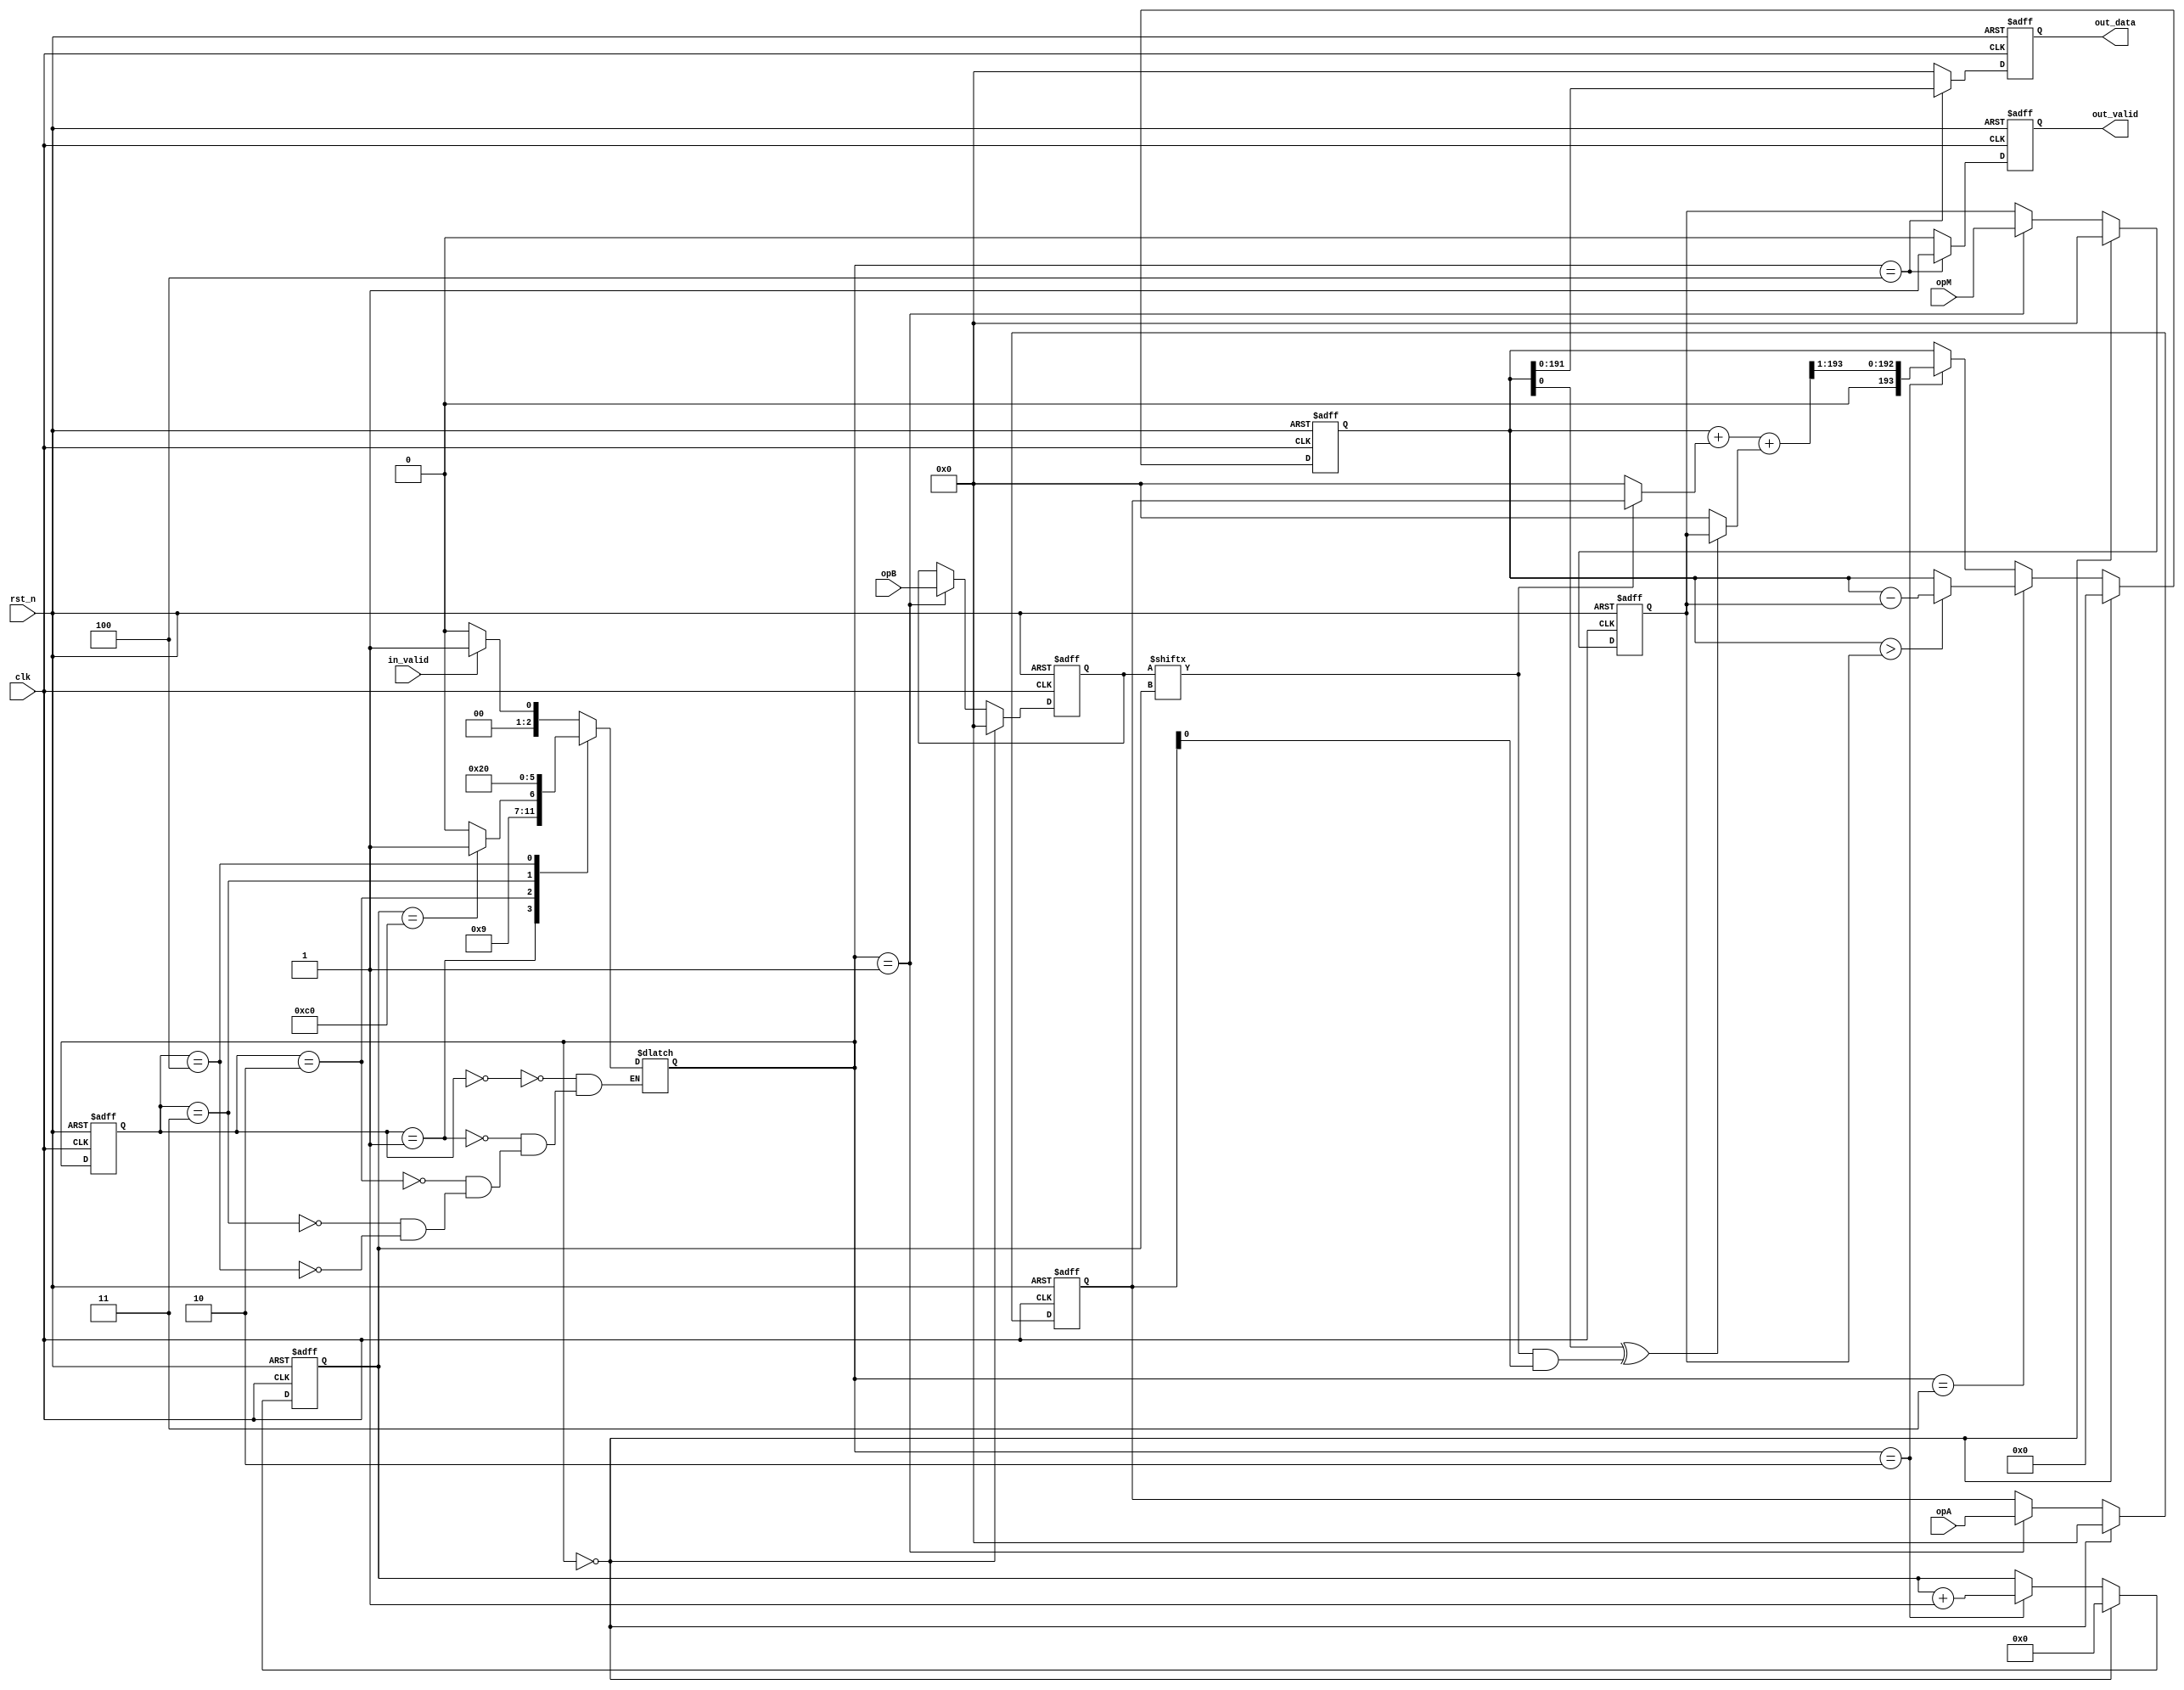
/*
 * @brief Montgomery Production of opA and opB and returns opA * opB * opM^-1 mod R
 * Reference: "Efficient architectures for implementing montgomery modular multiplication and RSA modular exponentiation
 * on reconfigurable logic" by Alan Daly, William Marnane
 *
 * @tparam N bit width of opA, opB and opM
 *
 * @param opA Montgomery representation of A
 * @param opB Montgomery representation of B
 * @param opM modulus
 */

module monProduct # (
    parameter DATA_WIDTH = 192
) (
	input  wire                     clk,
	input  wire                     rst_n,
	
	input  wire  [DATA_WIDTH-1:0]   opA,
	input  wire  [DATA_WIDTH-1:0]   opB,
	input  wire  [DATA_WIDTH-1:0]   opM,

	output reg   [DATA_WIDTH-1:0]   out_data,
	
	input  wire                     in_valid,
	output reg                      out_valid
);

// STATE
parameter IDLE  = 3'd0;
parameter INPUT = 3'd1;
parameter OP1   = 3'd2;
parameter OP2   = 3'd3;
parameter DONE  = 3'd4;

reg [2:0] state_cs, state_ns;
reg [8:0] cnt;
wire      done_op;

// input register
reg [DATA_WIDTH-1:0] opA_reg;
reg [DATA_WIDTH-1:0] opB_reg;
reg [DATA_WIDTH-1:0] opM_reg;

wire 					a0 ;
wire 					qa ;
wire 					qm ;
wire [DATA_WIDTH-1:0]	addA = (qa == 1'b1) ? opA_reg : 0;
wire [DATA_WIDTH-1:0]	addM = (qm == 1'b1) ? opM_reg : 0;
reg  [DATA_WIDTH-1+2:0]	s;
wire [DATA_WIDTH-1+2:0]	tmp_s;
wire [DATA_WIDTH-1+2:0]	tmp_ss;

assign a0 = opA_reg[0];
assign qa = opB_reg[cnt];
assign qm = s[0] ^ (opB_reg[cnt] & a0);

assign tmp_s 	= s + addA + addM;
assign tmp_ss 	= tmp_s >> 1;
assign done_op 	= cnt == DATA_WIDTH;

always @(posedge clk or negedge rst_n) begin
	if(!rst_n)
		state_cs <= IDLE;
	else
		state_cs <= state_ns;
end

always @(*) begin
	case(state_cs)
		IDLE:	 state_ns = (in_valid) ? INPUT : IDLE;
		INPUT:	 state_ns = OP1;
		OP1:	 state_ns = (done_op) ? OP2 : OP1;
		OP2:	 state_ns = DONE;
		DONE:	 state_ns = IDLE;
		// default: state_ns = IDLE;
	endcase
end

always @(posedge clk or  negedge rst_n) begin
	if(!rst_n)
		s <= 0;
	else if(state_ns == IDLE)
		s <= 0;
	else if(state_ns == OP2) begin
		if(s > opM_reg)
			s <= s - opM_reg;
	end else if(state_ns == OP1)
		s <= tmp_ss;
end

always @(posedge clk or negedge rst_n) begin
	if(!rst_n)
		cnt <= 0;
	else if(state_ns == IDLE)
		cnt <= 0;
	else if(state_ns == OP1)
		cnt <= cnt + 1;
end

// input
always @(posedge clk or negedge rst_n) begin
	if(!rst_n) begin
		opA_reg <= 0;
		opB_reg <= 0;
		opM_reg <= 0;
	end else if(state_ns == IDLE) begin
		opA_reg <= 0;
		opB_reg <= 0;
		opM_reg <= 0;
	end else if(state_ns == INPUT) begin
		opA_reg <= opA;
		opB_reg <= opB;
		opM_reg <= opM;
	end	
end

// output
always @(posedge clk or negedge rst_n) begin
	if(!rst_n) begin
		out_data <= 0;
		out_valid <= 0;
	end else if(state_ns == DONE) begin
		out_data <= s;
		out_valid <= 1;
	end else begin
		out_data <= 0;
		out_valid <= 0;
	end
end

endmodule